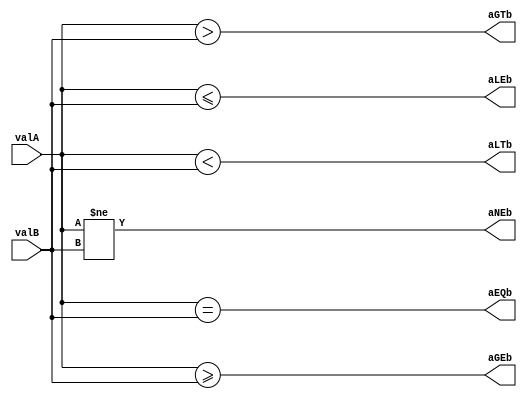
////////////////////////////////////////////////////////////////////////////////////////////////////
// Version:     1
// Description: This file contains a continuous assignment model for the Part 2 of Project2B.
//              It uses continuous assignment rather than primitive gates.
////////////////////////////////////////////////////////////////////////////////////////////////////

module comparator_continuous_bdeduffy(valA, valB, aGTb, aGEb, aLTb, aLEb, aEQb, aNEb);
   input  [2:0] valA, valB;
   output       aGTb, aGEb, aLTb, aLEb, aEQb, aNEb;                   // Inpus denoting different comparisons between the two numbers

	assign aGTb = (valA > valB);

	assign aGEb = (valA >= valB);

	assign aLTb = (valA < valB);

	assign aLEb = (valA <= valB);

	assign aEQb = (valA == valB);

	assign aNEb = (valA != valB);



endmodule